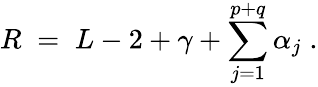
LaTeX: R\; =\; L-2+\gamma+\sum_{j=1}^{p+q}\alpha_{j}\; .